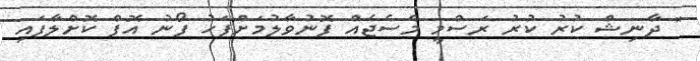
" ދާނިޝް ކުރު ކުރު ރަސްމީ މެސެޖެއް ފޮނުވާލުމަށްފަހު ފޯނު އޮފް ކޮށްލާފައި